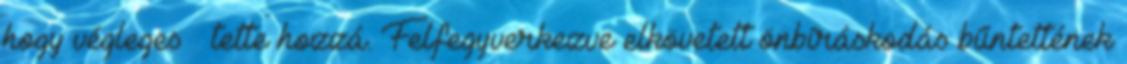
hogy végleges – tette hozzá. Felfegyverkezve elkövetett önbíráskodás bűntettének